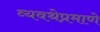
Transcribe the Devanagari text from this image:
व्यवथेप्रमाणे